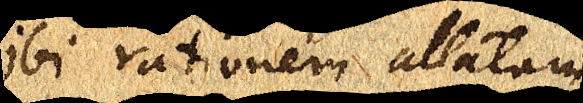
ibi rationem allatam